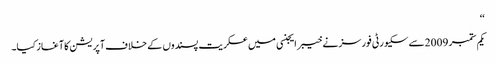
‘‘
یکم ستمبر 2009سے سکیورٹی فورسز نے خیبر ایجنسی میں عسکریت پسندوں کے خلاف آپریشن کا آغاز کیا۔